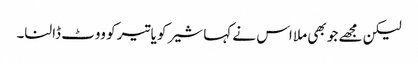
لیکن مجھے جو بھی ملا اس نے کہا شیر کو یا تیر کو ووٹ ڈالنا۔